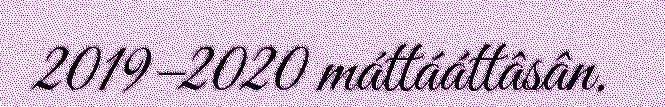
2019–2020 máttááttâsân.